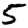
Digit: 5